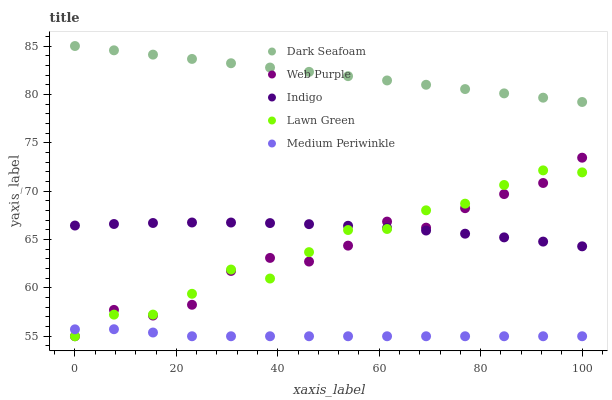
| xaxis_label | Dark Seafoam | Web Purple | Indigo | Lawn Green | Medium Periwinkle |
 | --- | --- | --- | --- | --- | --- |
 | 0 | 85 | 55 | 66.4 | 55 | 55.7 |
 | 7.69 | 84.6 | 57.7 | 66.6 | 57.2 | 55.7 |
 | 15.4 | 84.1 | 57.1 | 66.7 | 57.2 | 55.4 |
 | 23.1 | 83.7 | 58.3 | 66.8 | 59.4 | 55 |
 | 30.8 | 83.2 | 61.7 | 66.8 | 61.9 | 55 |
 | 38.5 | 82.8 | 63.1 | 66.7 | 61 | 55 |
 | 46.2 | 82.3 | 62.7 | 66.6 | 63.7 | 55 |
 | 53.8 | 81.9 | 64.4 | 66.4 | 66 | 55 |
 | 61.5 | 81.4 | 66.9 | 66.2 | 66.1 | 55 |
 | 69.2 | 81 | 66.2 | 65.9 | 68 | 55 |
 | 76.9 | 80.5 | 68.2 | 65.6 | 68.7 | 55 |
 | 84.6 | 80.1 | 69.7 | 65.2 | 70.6 | 55 |
 | 92.3 | 79.7 | 70.8 | 64.8 | 72.1 | 55 |
 | 100 | 79.2 | 73.5 | 64.3 | 71.9 | 55 |